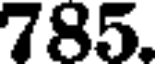
785.